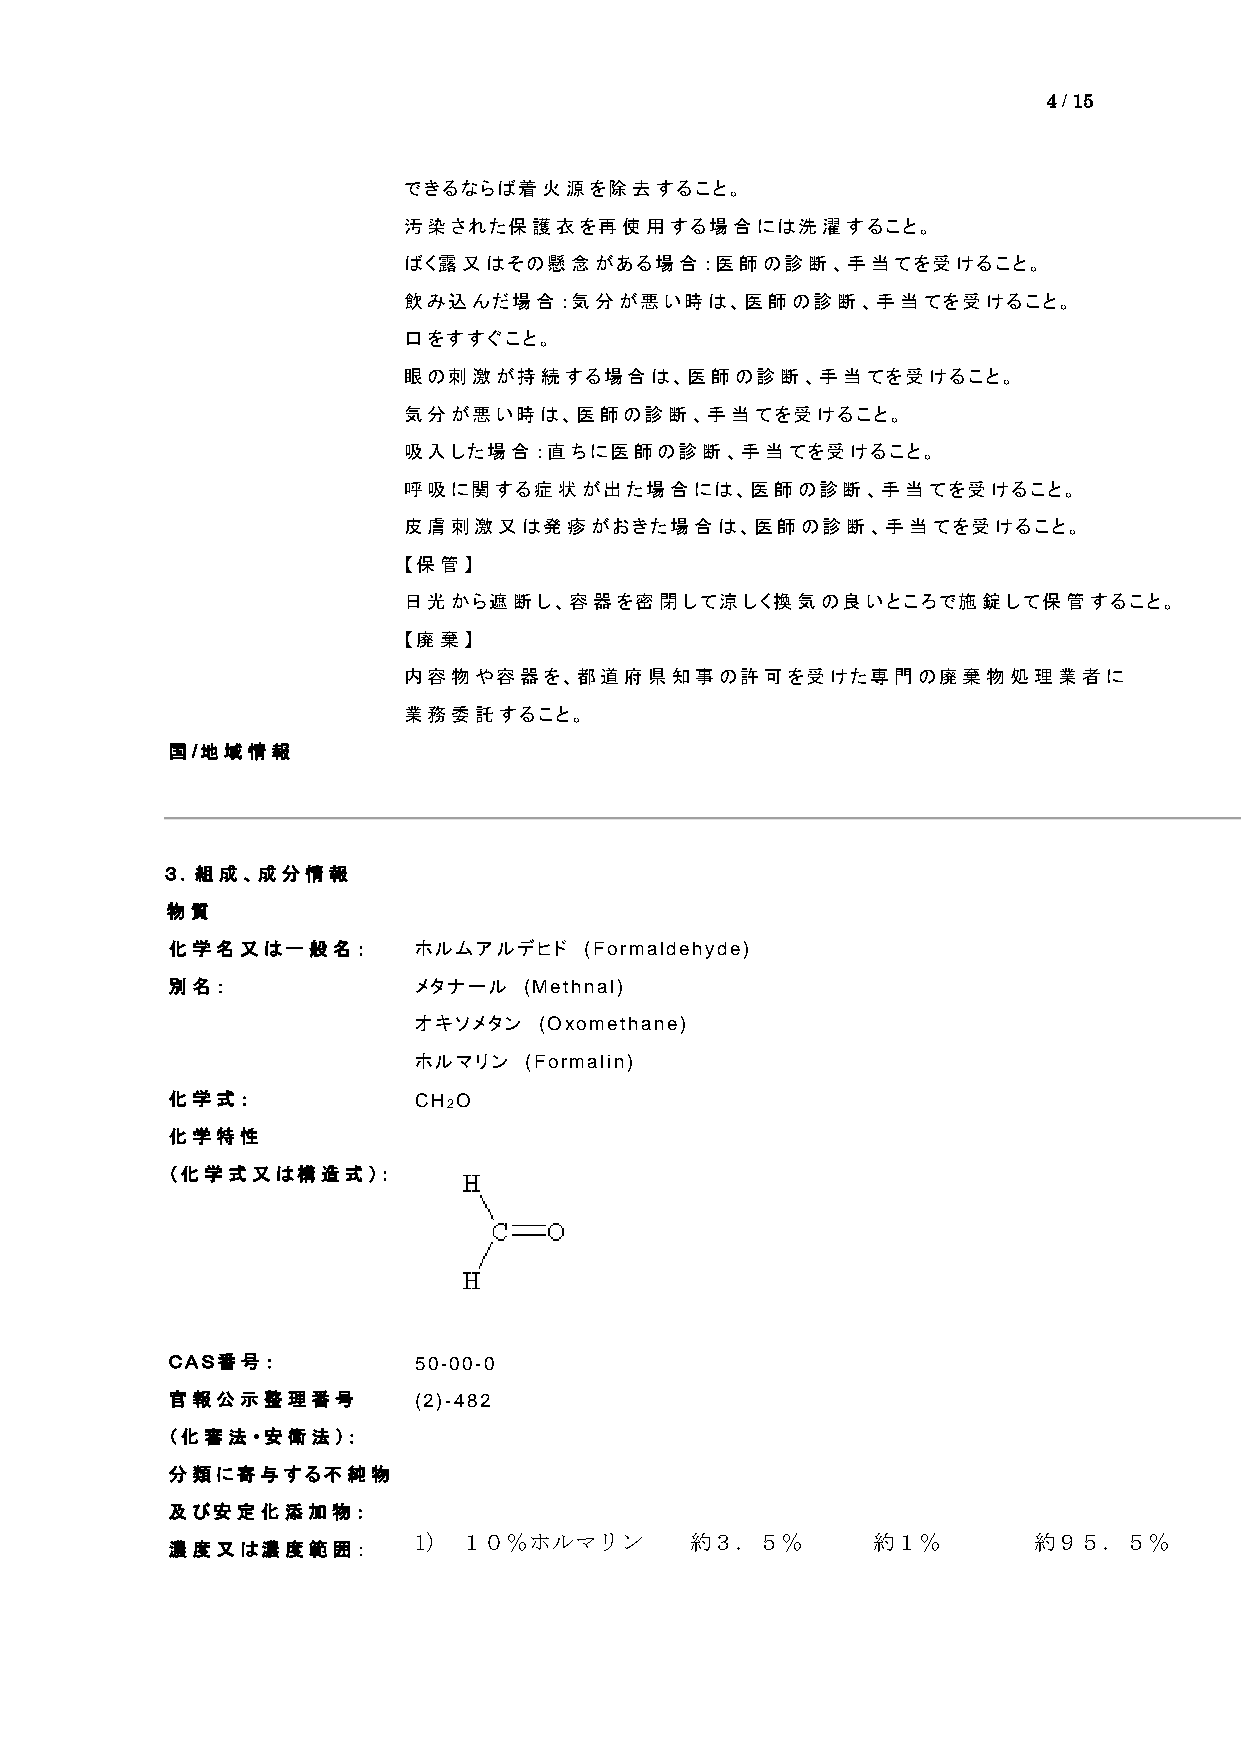
4 / 15
 できるならば着火源を除去すること。
 汚染された保護衣を再使用する場合には洗濯すること。
 ばく露又はその懸念がある場合：医師の診断、手当てを受けること。
 飲み込んだ場合：気分が悪い時は、医師の診断、手当てを受けること。
 口をすすぐこと。
 眼の刺激が持続する場合は、医師の診断、手当てを受けること。
 気分が悪い時は、医師の診断、手当てを受けること。
 吸入した場合：直ちに医師の診断、手当てを受けること。
 呼吸に関する症状が出た場合には、医師の診断、手当てを受けること。
 皮膚刺激又は発疹がおきた場合は、医師の診断、手当てを受けること。
 【保管】
 日光から遮断し、容器を密閉して涼しく換気の良いところで施錠して保管すること。
 【廃棄】
 内容物や容器を、都道府県知事の許可を受けた専門の廃棄物処理業者に
 業務委託すること。
 国/地域情報
 ３．組成、成分情報
 物質
 化学名又は一般名：       ホルムアルデヒド    (Formaldehyde)
 別名：             メタナール   (Methnal)
 オキソメタン   (Oxomethane)
 ホルマリン   (Formalin)
 化学式：            CH2O
 化学特性
 （化学式又は構造式）：
 ＣＡＳ番号：          50-00-0
 官報公示整理番号        (2)-482
 （化審法・安衛法）：
 分類に寄与する不純物
 及び安定化添加物：
 1) １０％ホルマリン        約３．５％       約１％       約９５．５％
 濃度又は濃度範囲：